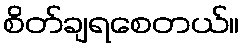
စိတ်ချရစေတယ်။